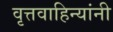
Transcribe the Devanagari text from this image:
वृत्तवाहिन्यांनी